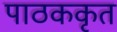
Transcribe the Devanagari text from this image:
पाठककृत